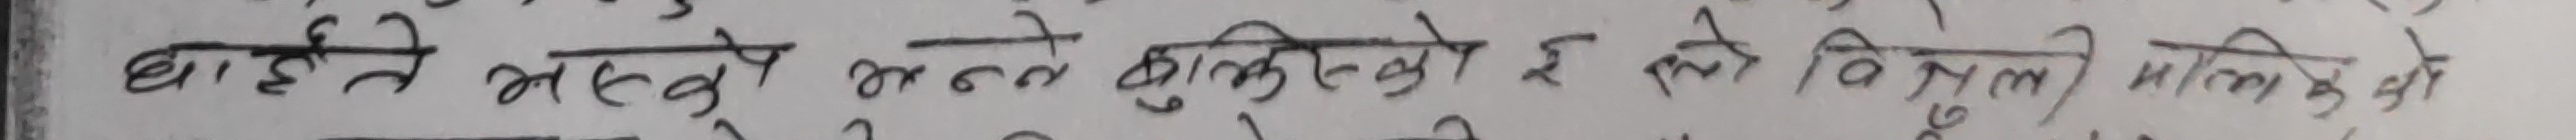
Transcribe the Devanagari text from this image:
बाहिर रहेको अन्न सुरक्षित र कमी नहोस् भन्ने